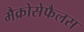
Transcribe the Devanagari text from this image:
मैक्रोसेफैलस